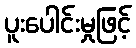
ပူးပေါင်းမှုဖြင့်